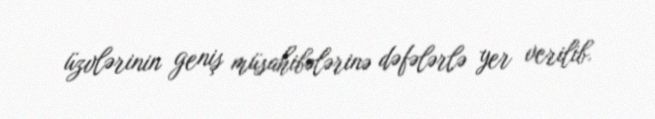
üzvlərinin geniş müsahibələrinə dəfələrlə yer verilib.